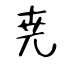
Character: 尭